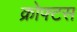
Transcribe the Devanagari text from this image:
क्रोफ्टस